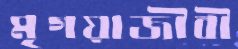
মৃগয়াজীবী